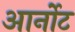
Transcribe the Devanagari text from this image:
आर्नोट